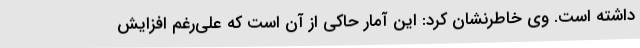
داشته است. وی خاطرنشان کرد: این آمار حاکی از آن است که علی‌رغم افزایش